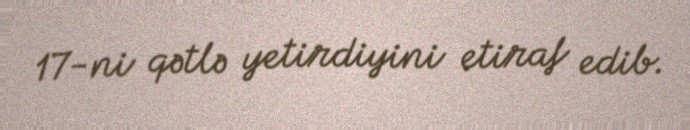
17-ni qətlə yetirdiyini etiraf edib.